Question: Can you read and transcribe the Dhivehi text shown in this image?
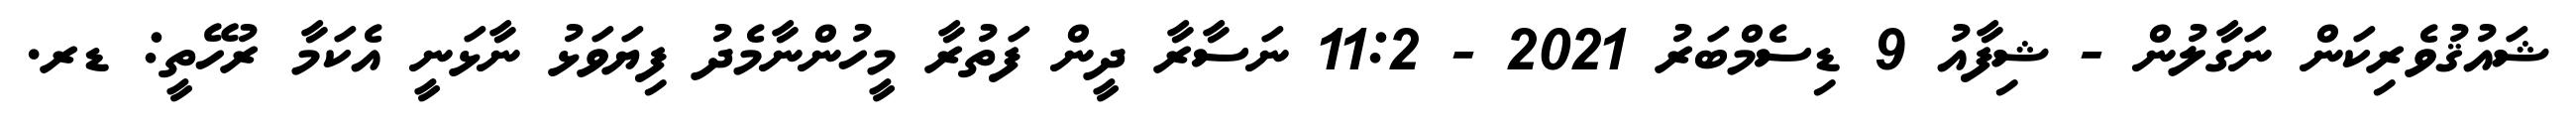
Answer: ޝައުޤުވެރިކަން ނަގާލުން - ޝިފާއު 9 ޑިސެމްބަރު 2021 - 11:2 ނަސާރާ ދީން ފަތުރާ މީހުންނާމެދު ފިޔަވަޅު ނާޅަނީ އެކަމާ ރުހޭތީ: ޑރ.